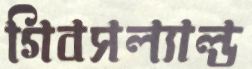
গিবসল্যাল্ড